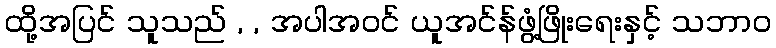
ထို့အပြင် သူသည် , , အပါအဝင် ယူအင်န်ဖွံ့ဖြိုးရေးနှင့် သဘာဝ